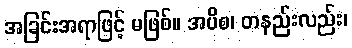
အခြင်းအရာဖြင့် မဖြစ်။ အပိစ၊ တနည်းလည်း၊